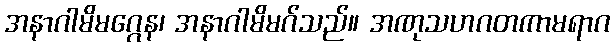
အနာဂါမိမဂ္ဂေန၊ အနာဂါမိမဂ်သည်။ အဏုသဟဂတကာမရာဂ